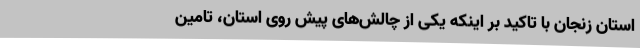
استان زنجان با تاکید بر اینکه یکی از چالش‌های پیش روی استان، تامین